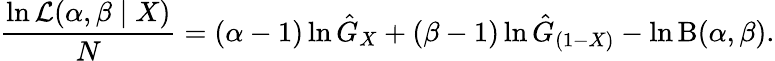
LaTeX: {\frac{\ln{\mathcal{L}}(\alpha,\beta\mid X)}{N}}=(\alpha-1)\ln{\hat{G}}_{X}+(\beta-1)\ln{\hat{G}}_{(1-X)}-\ln\mathrm{B}(\alpha,\beta).